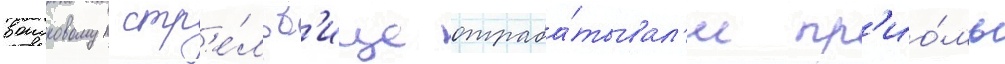
воисковом стр'е́льб'ище отраба́тывал'и пр'ио́мы